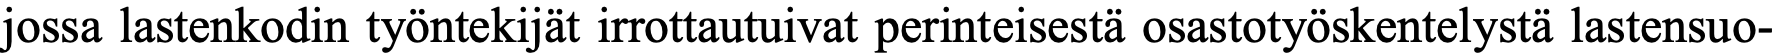
jossa lastenkodin työntekijät irrottautuivat perinteisestä osastotyöskentelystä lastensuo-